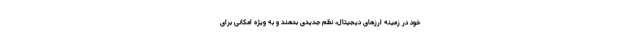
خود در زمینه ارزهای دیجیتال، نظم جدیدی بدهند و به ویژه امکانی برای